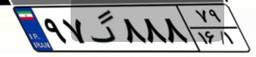
۹۷گ۸۸۸۷۹